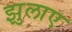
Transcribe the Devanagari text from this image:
झुलाए